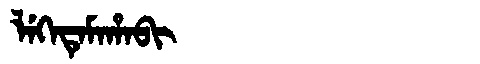
Manchu: ᠯᡝᡴᡝᡨᡝᠮᠠᡥᠠᠪᡳ
Romanization: LEKETEMAHABI